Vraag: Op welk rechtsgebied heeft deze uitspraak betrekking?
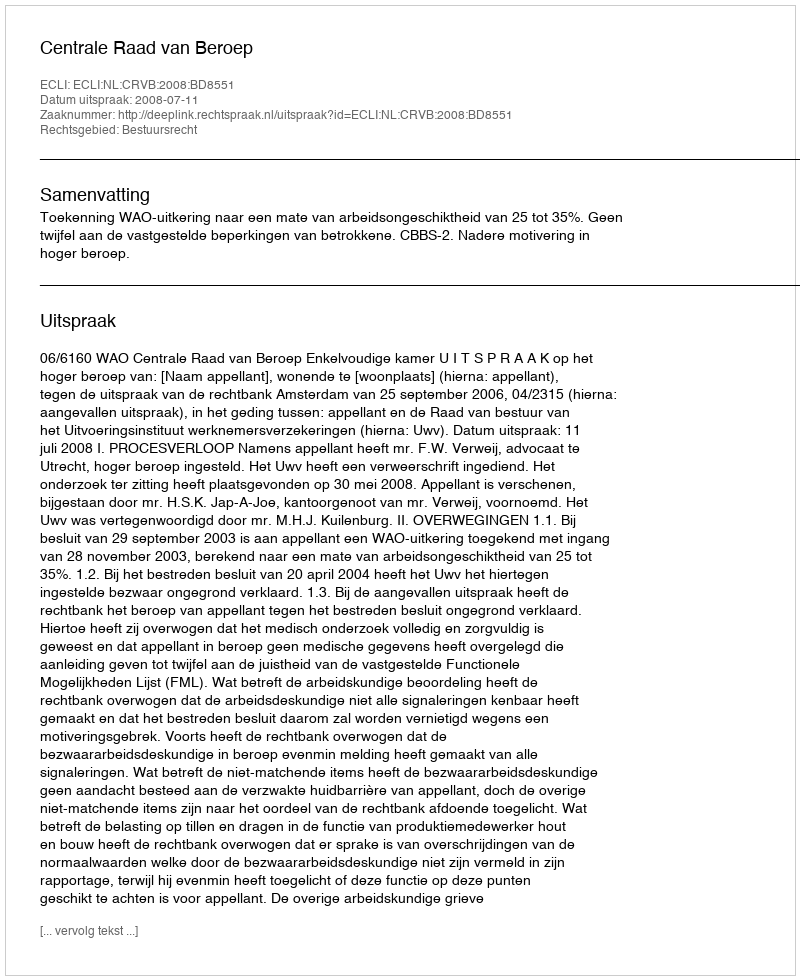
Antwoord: Bestuursrecht